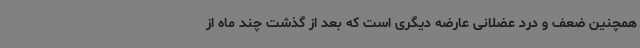
همچنین ضعف و درد عضلانی عارضه دیگری است که بعد از گذشت چند ماه از